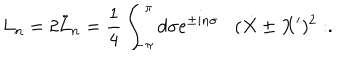
L _ { n } = 2 \tilde { L } _ { n } = \frac { 1 } { 4 } \int _ { - \pi } ^ { \pi } d \sigma e ^ { \pm i n \sigma } : ( \dot { X } \pm X ^ { \prime } ) ^ { 2 } : .